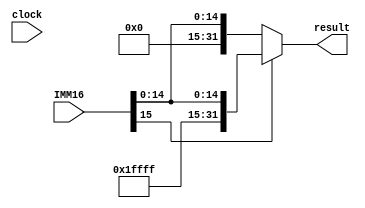
module Extender (IMM16, result, clock);

input [15:0] IMM16;
input clock;


output reg [31:0] result;

always @ (*) begin
		result = IMM16;
		if(IMM16[15]==1'b1) result = {{16{IMM16[15]}}, IMM16};; // (ADDI,SUBI, ...)
end

endmodule